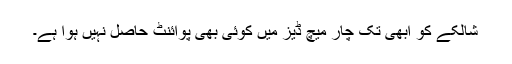
شالکے کو ابھی تک چار میچ ڈیز میں کوئی بھی پوائنٹ حاصل نہیں ہوا ہے۔